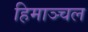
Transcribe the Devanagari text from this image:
हिमाञ्चल